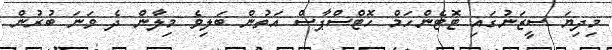
މިދިޔަ ސީޒަނުގައި ޓޮޓެންހަމް ހޮޓްސްޕާސް އަތުން ބަލިވެ މިލާން ދެ ވަނަ ބުރުން